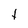
Character: t